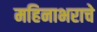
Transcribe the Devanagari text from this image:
महिनाभराचे